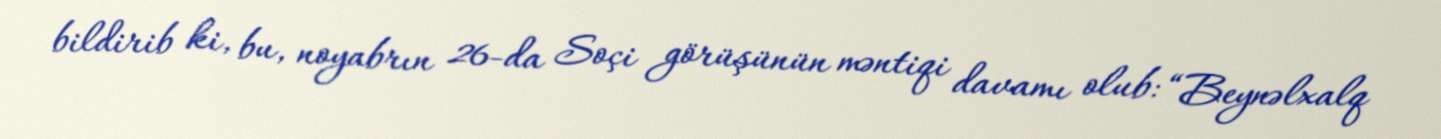
bildirib ki, bu, noyabrın 26-da Soçi görüşünün məntiqi davamı olub: “Beynəlxalq